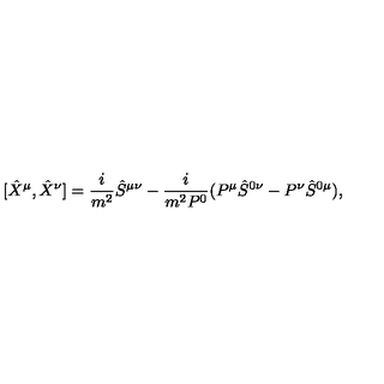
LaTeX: [ \hat { X } ^ { \mu } , \hat { X } ^ { \nu } ] = \frac { i } { m ^ { 2 } } \hat { S } ^ { \mu \nu } - \frac { i } { m ^ { 2 } P ^ { 0 } } ( P ^ { \mu } \hat { S } ^ { 0 \nu } - P ^ { \nu } \hat { S } ^ { 0 \mu } ) ,